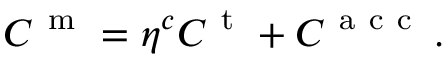
C ^ { \mathrm { ~ m ~ } } = { \eta } ^ { c } C ^ { \mathrm { ~ t ~ } } + C ^ { \mathrm { ~ a ~ c ~ c ~ } } \, .